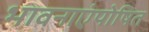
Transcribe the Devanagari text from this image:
भावनाएंपोषित